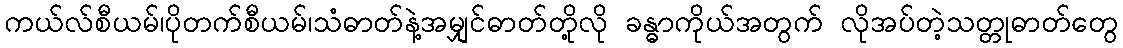
ကယ်လ်စီယမ်၊ပိုတက်စီယမ်၊သံဓာတ်နဲ့အမျှင်ဓာတ်တို့လို ခန္ဓာကိုယ်အတွက် လိုအပ်တဲ့သတ္တုဓာတ်တွေ